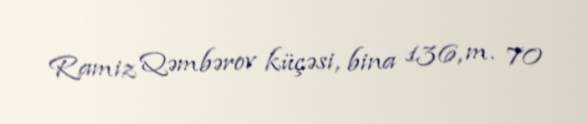
Ramiz Qəmbərov küçəsi, bina 136, m. 70